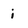
Character: i